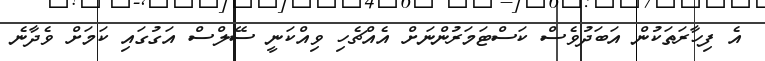
އެ ފިހާރަތަކުން އަބަދުވެސް ކަސްޓަމަރުންނަށް އެއްޗެހި ވިއްކަނީ ސޭލްސް އަގުގައި ކަމަށް ވެދާނެ